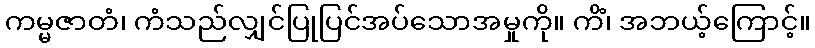
ကမ္မဇာတံ၊ ကံသည်လျှင်ပြုပြင်အပ်သောအမှုကို။ ကိံ၊ အဘယ့်ကြောင့်။